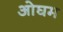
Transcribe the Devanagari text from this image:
ओघम